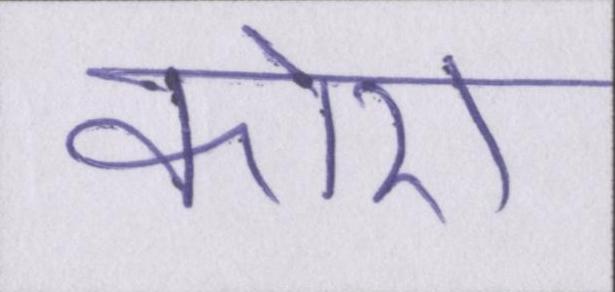
कोरा